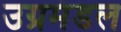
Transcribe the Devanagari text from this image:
उग्रमंडल